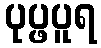
ပုပ္ဖပူရ